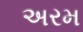
અરમ